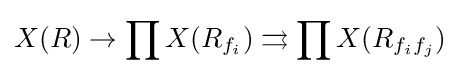
X(R)\to \prod X(R_{f_{i}})\rightrightarrows \prod X(R_{f_{i}f_{j}})